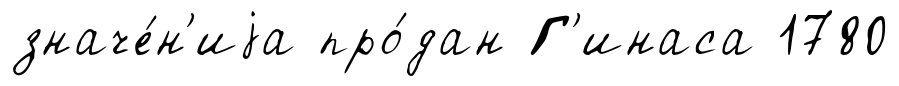
значе́н'иjа про́дан Г'инаса 1780